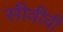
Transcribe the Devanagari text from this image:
सीवीवी